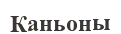
Каньоны